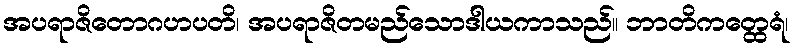
အပရာဇိတောဂဟပတိ၊ အပရာဇိတမည်သောဒါယကာသည်။ ဘာတိကတ္ထေရံ၊